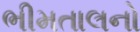
ભીમતાલનો